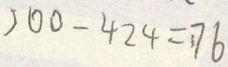
5 0 0 - 4 2 4 = 7 6